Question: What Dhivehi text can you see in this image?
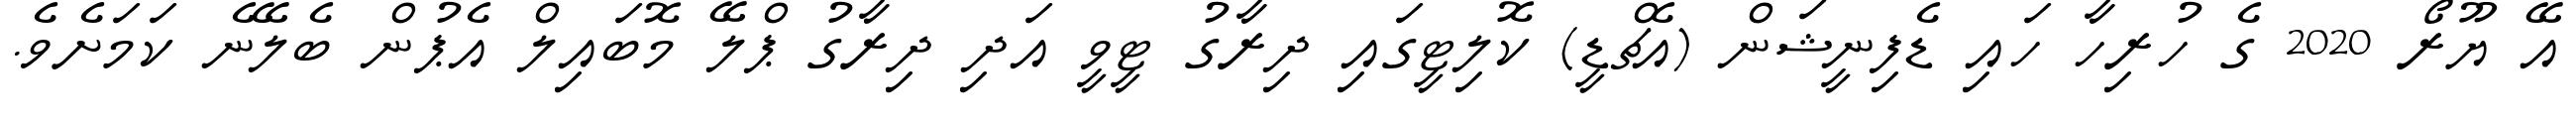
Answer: އޭ ޔޫރޯ 2020 ގެ ހުރިހާ ހައި ޑެފިނީޝަން (އެޗްޑީ) ކޮލިޓީގައި ދިރާގު ޓީވީ އަދި ދިރާގު ޕްލޭ މޮބައިލް އެޕުން ބެލޭނެ ކަމަށެވެ.